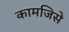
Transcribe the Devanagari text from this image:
कामजिसे